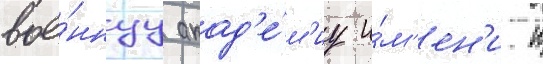
вое́ннуу акад'е́м'иу и́м'ен'и к